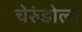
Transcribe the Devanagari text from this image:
चेरुंडोलो